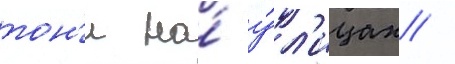
тон'и на́ у́л'ицах /